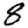
Digit: 8